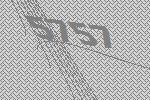
5757